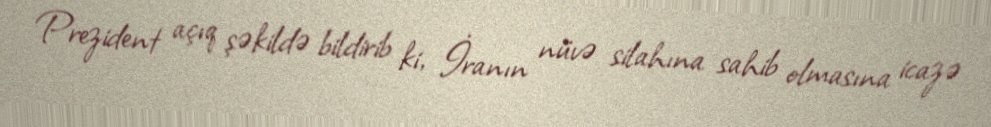
Prezident açıq şəkildə bildirib ki, İranın nüvə silahına sahib olmasına icazə